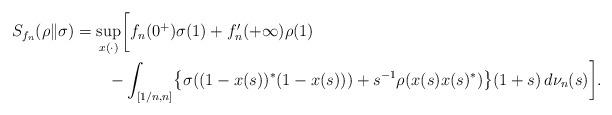
LaTeX: \begin{align*}S_{f_n}(\rho\|\sigma)&=\sup_{x(\cdot)}\biggl[f_n(0^+)\sigma(1)+f_n'(+\infty)\rho(1) \\&\qquad-\int_{[1/n,n]}\bigl\{\sigma((1-x(s))^*(1-x(s)))+s^{-1}\rho(x(s)x(s)^*)\bigr\}(1+s)\,d\nu_n(s)\biggr].\end{align*}